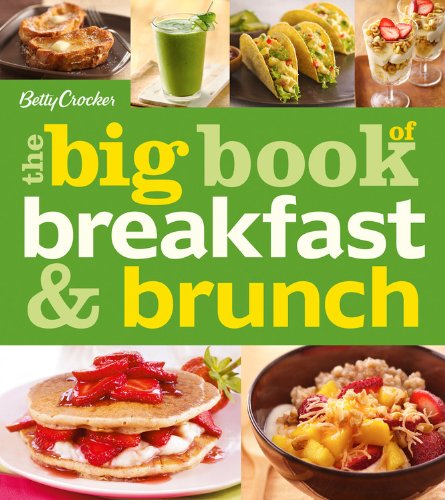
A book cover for Betty Crocker The Big Book of Breakfast and Brunch (Betty Crocker Big Book); Betty Crocker; Cookbooks, Food & Wine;